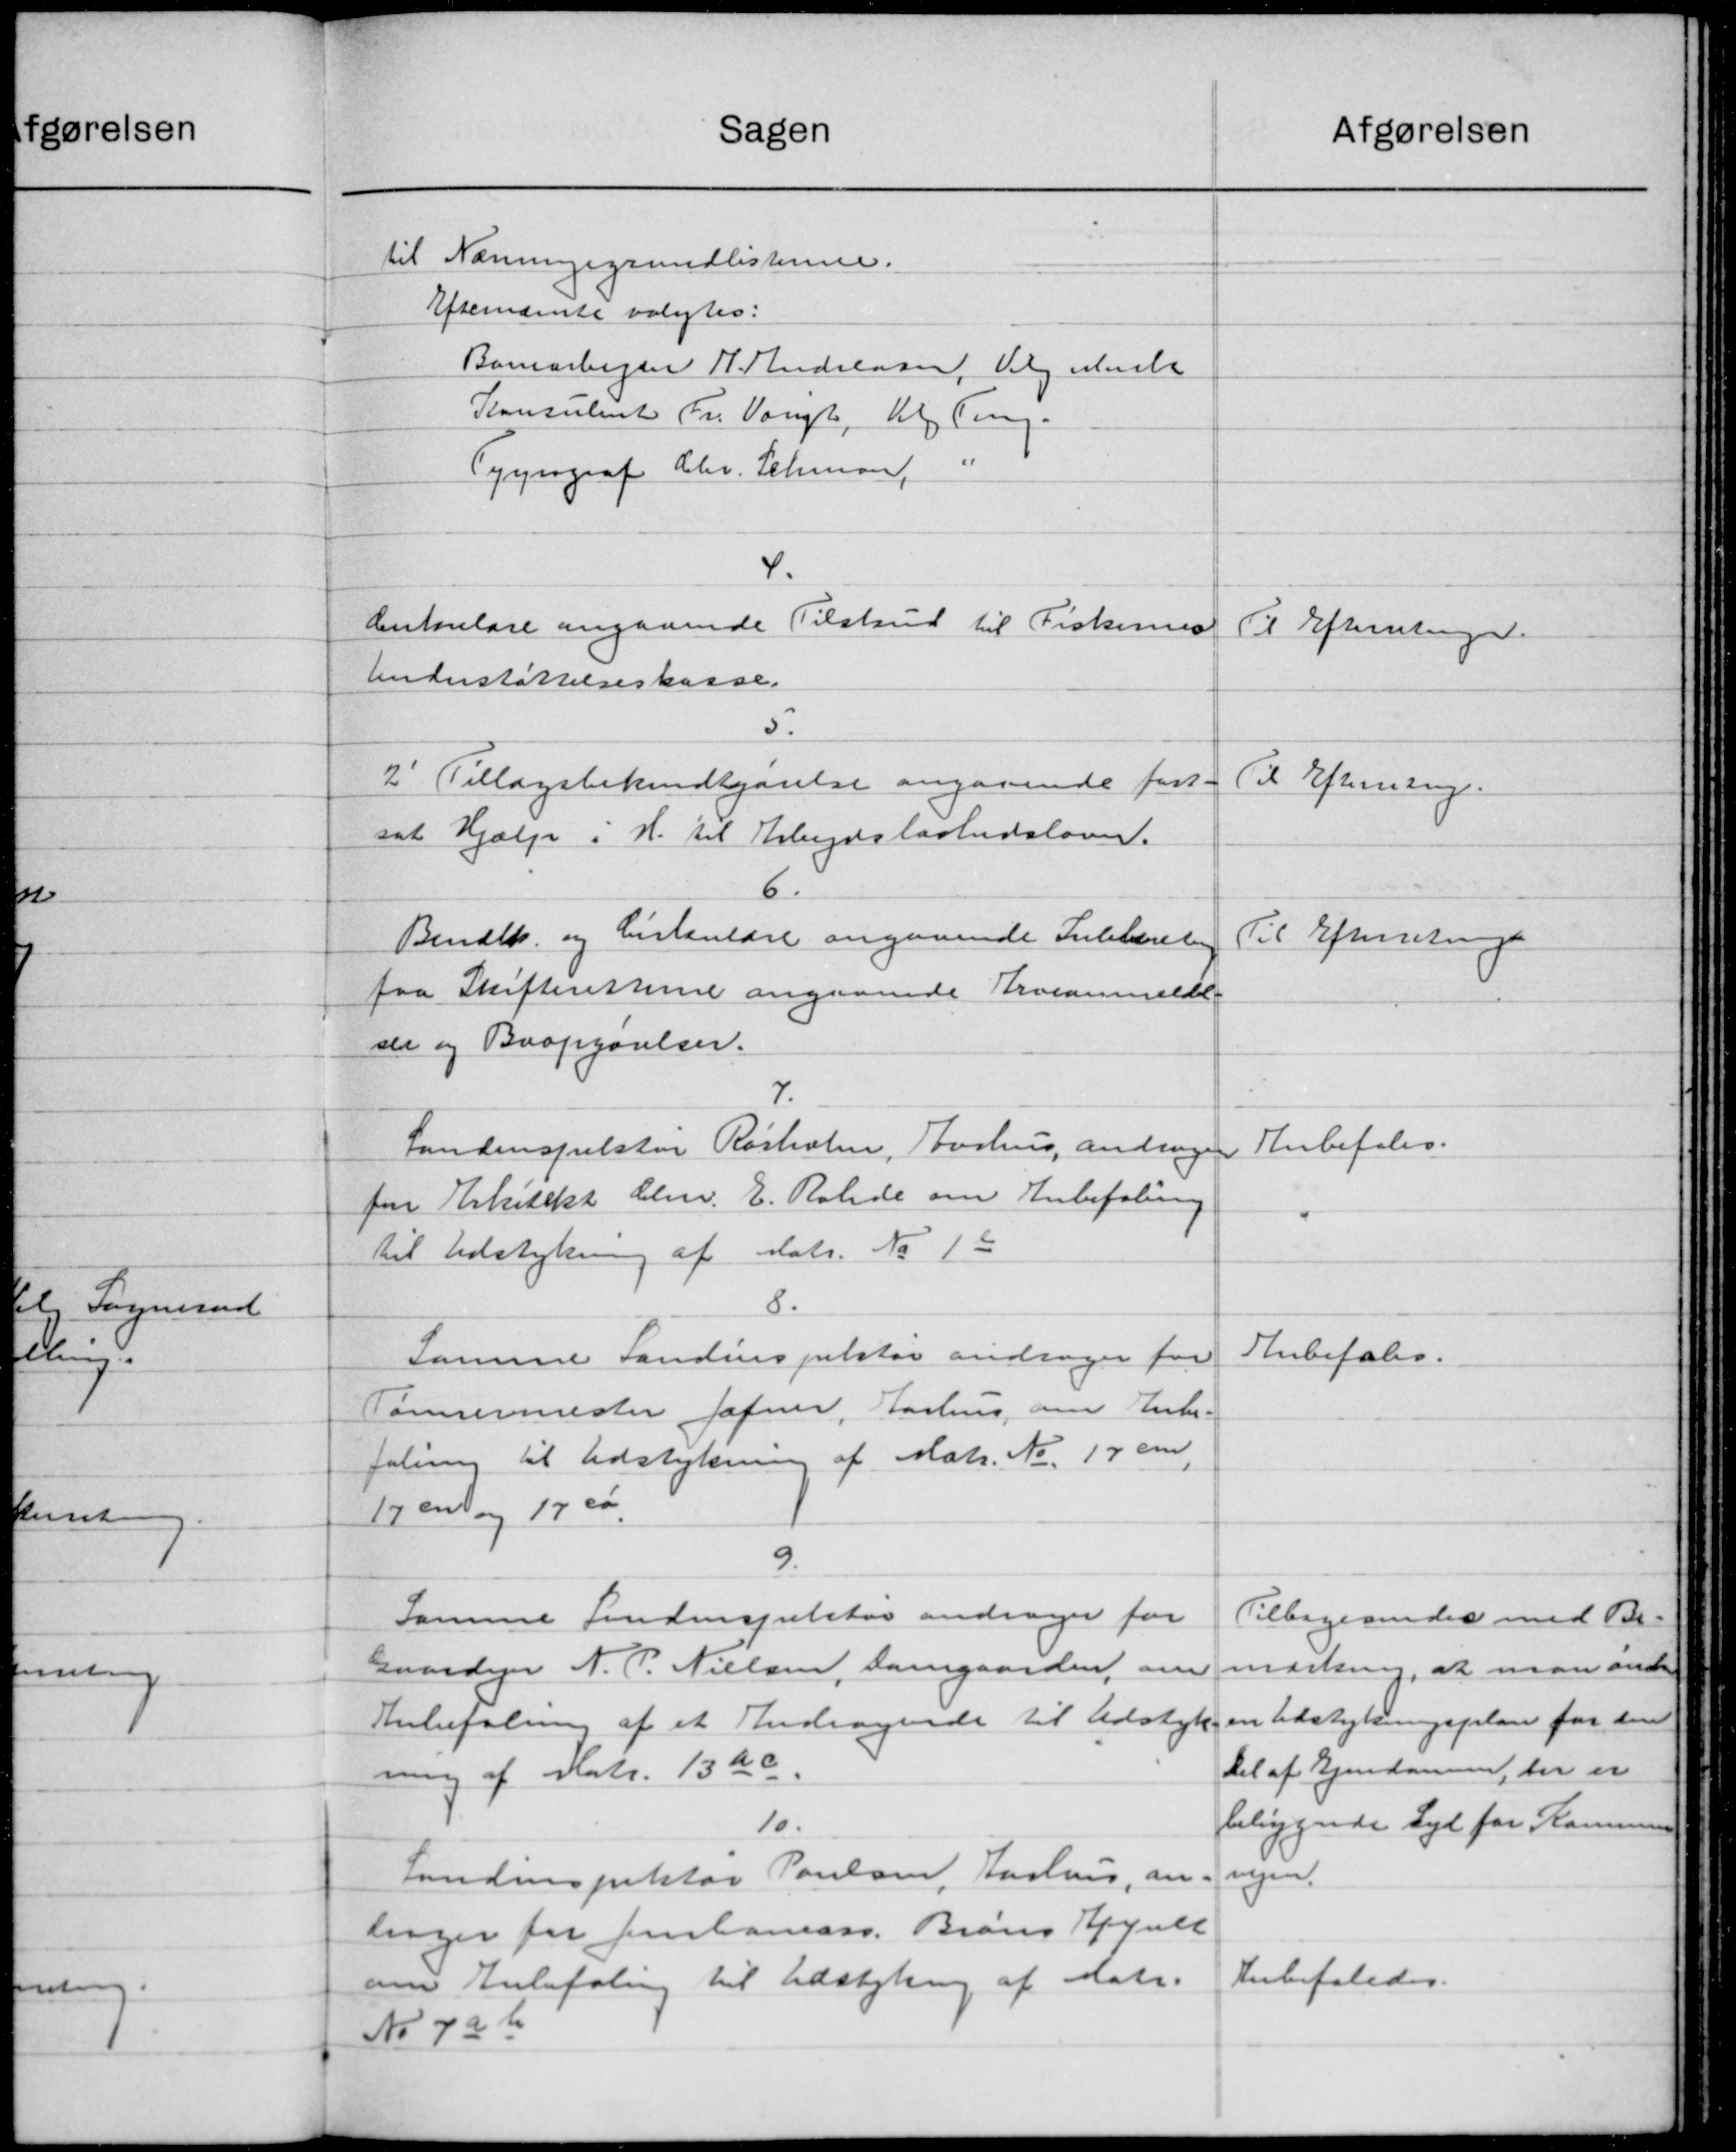
Transskription:
Sagen
til Nævningsgrundlisterne.
Efternævnte valgtes:
Bamnarbejder H. Andreasen, Valg meste
Konsulent Fr. Vangt, til Ting-
Tygnograf Chr. Schman, "
4.
Cirkulære angaaende Tilskud til Fiskernes
Understøttelseskasse.
5.
2' Tillægsbekendtgørelse angaaende fort-
sat Hjælp i H. til Arbejdsløshedsloven.
6.
Bendt og Cirkulære angaaende Juleberet
faa Skifteresterne angaaende Prosanmeldt-
der og Bropgørelser.
7.
Landinspektør Rørholm, Aarhus andrager
for Arkitekt Elev. E. Roalide om Anbefaling
til Udstykning af Matr. No 1 t
8.
Samme Landinspektør andrager for
Tømrermester Hafner, Aarhus om Anbe-
faling til Udstykning af Matr. Nr. 17 om
17 en og 17 ca.
9.
Samme findinspektør andrager for
Gaardejer N. P. Nielsen, Damgaarden om
Anbefaling af et Andragende til Udstyk-
ning af Matr. 13 Ac
10.
Landinspektør Poulsen, Aarhuus, an-
linger for Jernbaneass. Brand Appult
om Anbefaling til Udstykning af Matr.
No 7a b